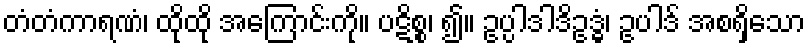
တံတံကာရဏံ၊ ထိုထို အကြောင်းကို။ ပဋိစ္စ၊ ၍။ ဥပ္ပါဒါဒိဥဒ္ဓံ၊ ဥပါဒ် အစရှိသော